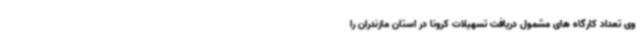
وی تعداد کارگاه های مشمول دریافت تسهیلات کرونا در استان مازندران را